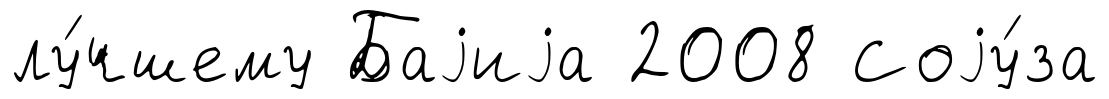
лу́чшему Баjиjа 2008 Соjу́за